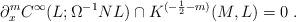
LaTeX: \begin{align*}\partial_x^mC^\infty(L;\Omega^{-1}NL)\cap K^{(-\frac12-m)}(M,L)=0\;.\end{align*}